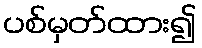
ပစ်မှတ်ထား၍